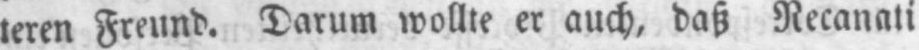
teren Freund. Darum wollte er auch, daß Recanati